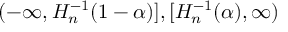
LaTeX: ( - \infty , H _ { n } ^ { - 1 } ( 1 - \alpha ) ] , [ H _ { n } ^ { - 1 } ( \alpha ) , \infty )